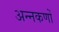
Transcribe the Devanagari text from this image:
अन्नकणों